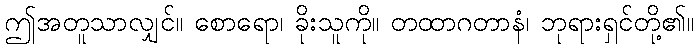
ဤအတူသာလျှင်။ စောရော၊ ခိုးသူကို။ တထာဂတာနံ၊ ဘုရားရှင်တို့၏။